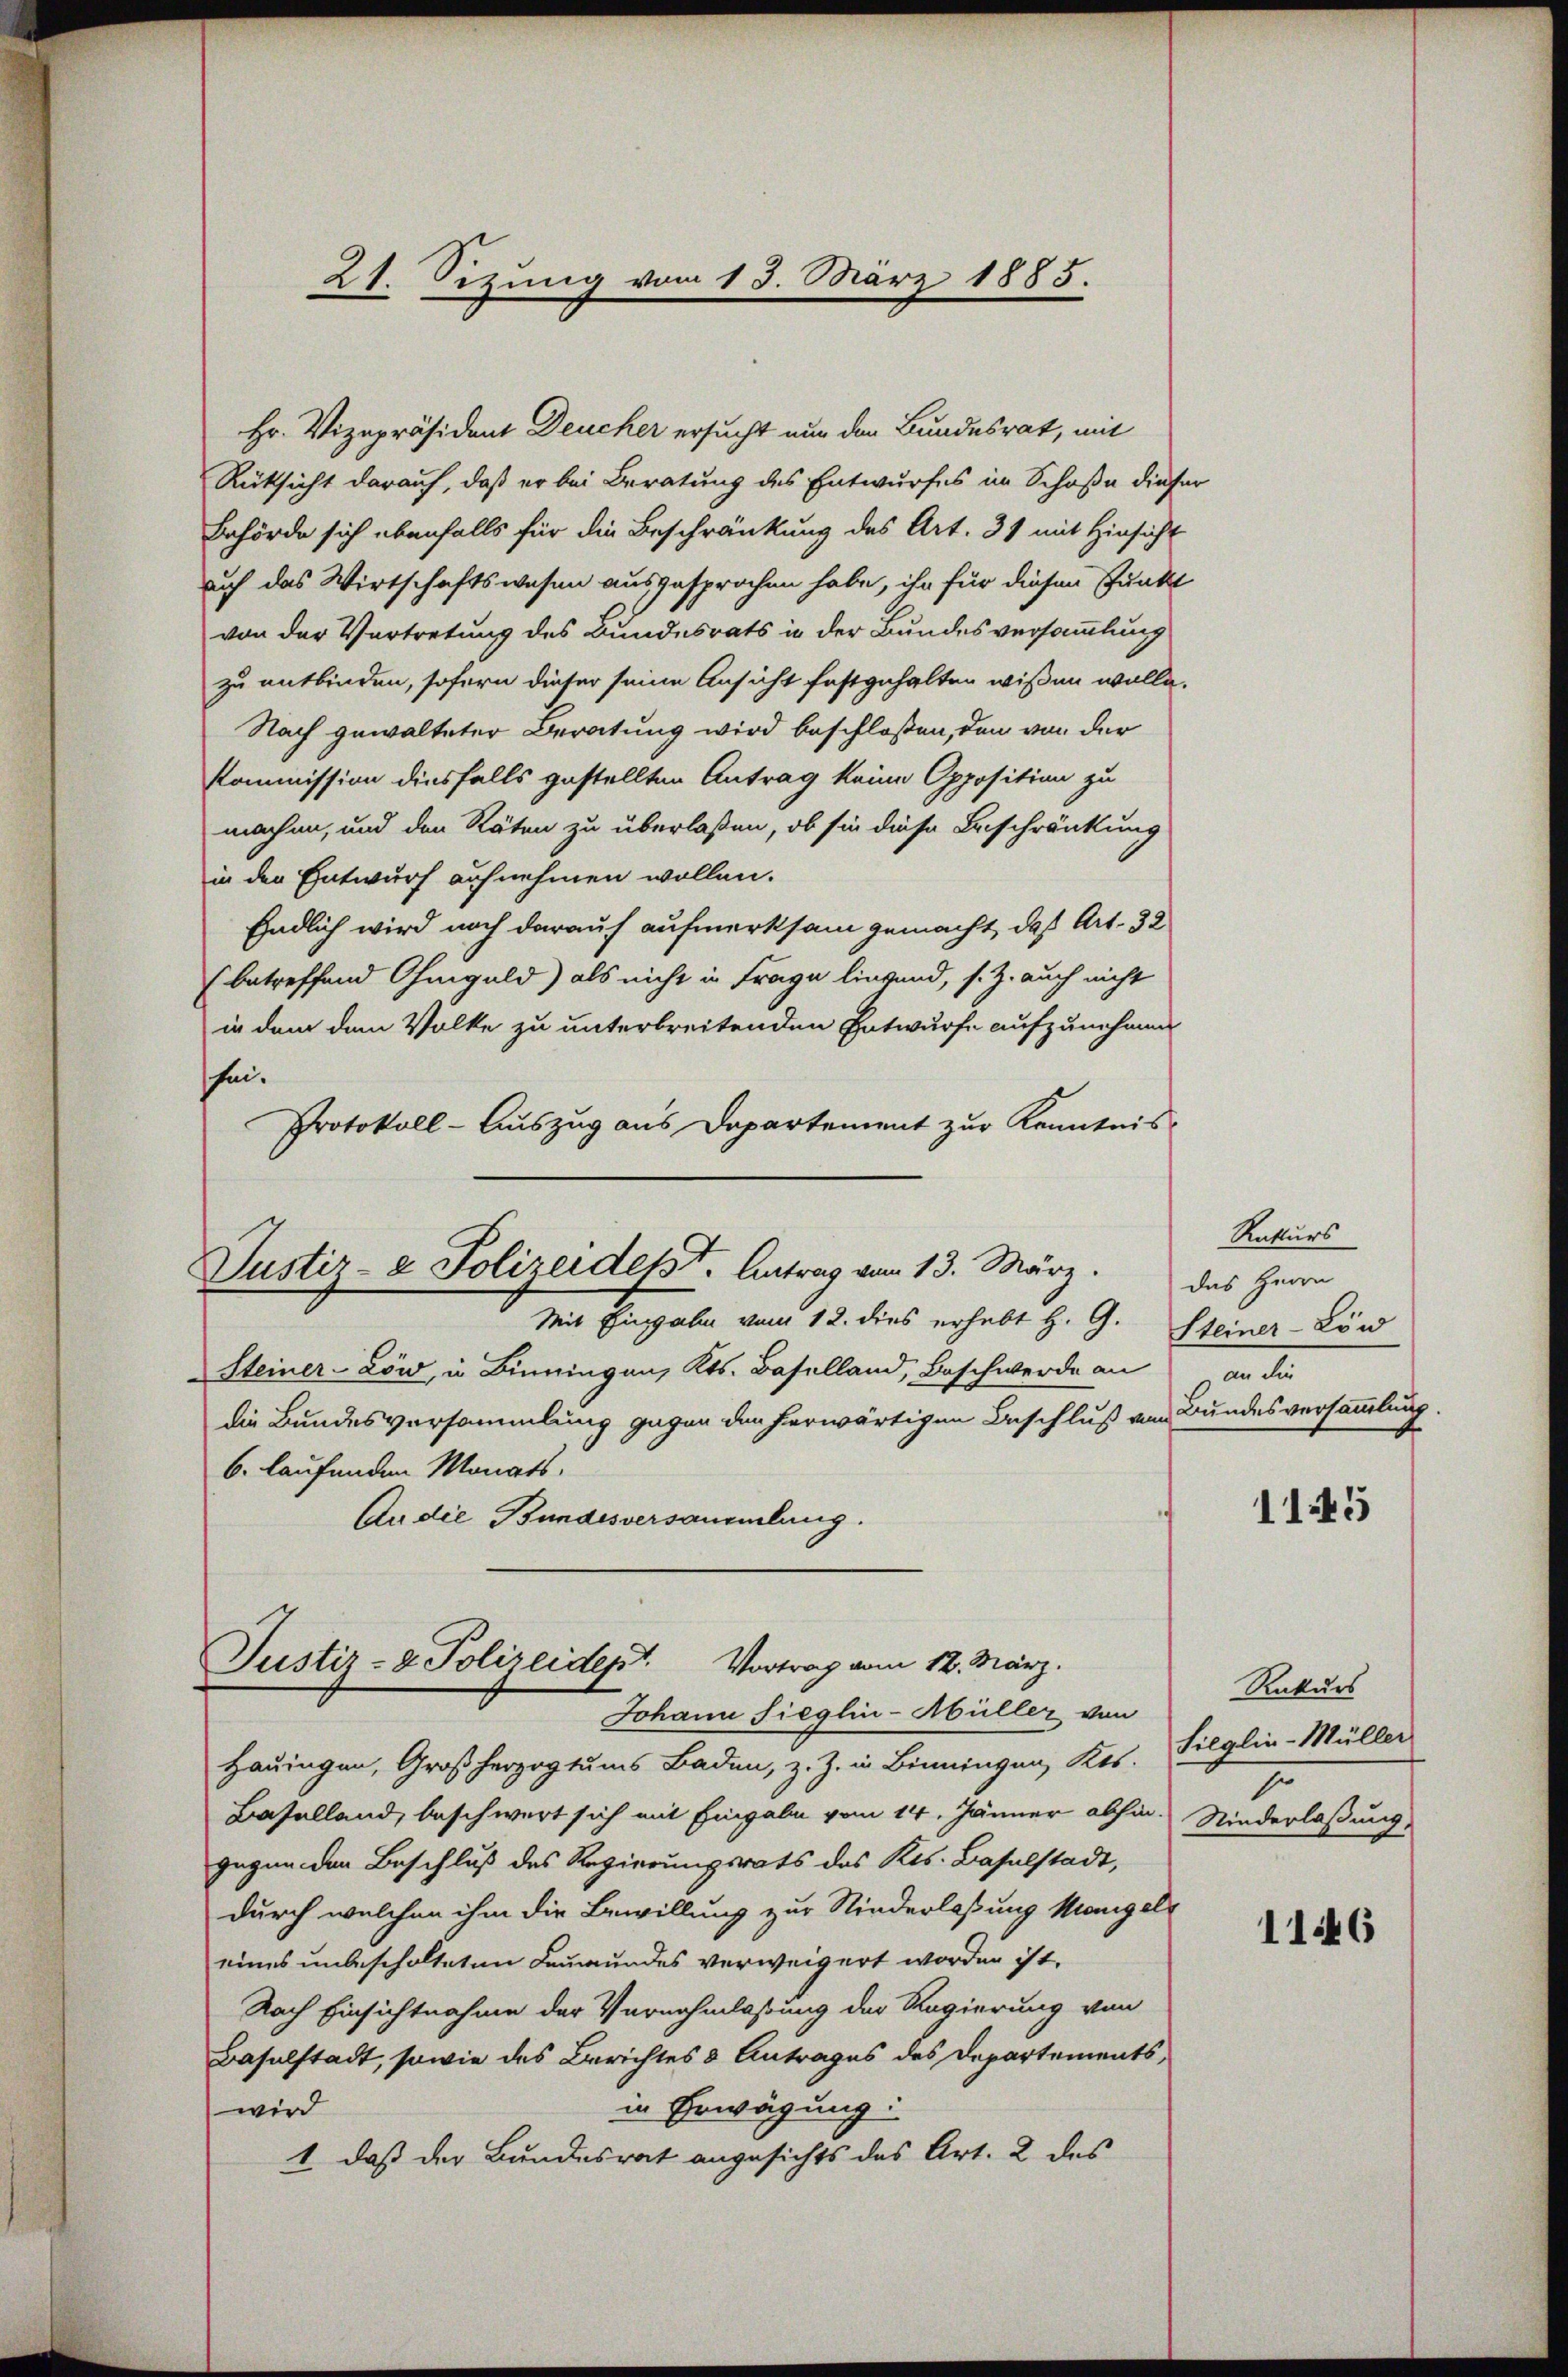
21. Sizung vom 13. März 1885.

Hr. Vizepräsident Deucher ersucht nun den Bundesrat, mit
Rücksicht darauf, daß er bei Beratung des Entwurfes im Schoße diese
Behörde sich ebenfalls für die Beschränkung des Art. 31 mit Hinsicht
auf das Wirtschaftswesen ausgesprochen habe, ihr für diesen Punkt
von der Vertretung des Bundesrats in der Bundesversammlung
zu entbinden, sofern dieser seine Ansicht festgehalten wißen wolle.
Nach gewalteter Beratung wird beschloßen, den von der
Kommission diesfalls gestellten Antrag keine Opposition zu
machen, und den Räten zu überlaßen, ob sie diese Beschränkung
in den Entwurf aufnehmen wollen.
Endlich wird noch darauf aufmerksam gemacht, daß Art. 32
(betreffend Ohmgeld) als nicht in Frage liegend, s. Z. auch nicht
in dem dem Volke zu unterbreitenden Entwurfe aufzunehmen
sei.
Protokoll - Auszug aus Departement zur Kenntnis
Justiz- & Polizeidesst. Antrag vom 13. März. Das Herrn
Mit Eingabe vom 12. dies erhebt H. G.
Steiner-Löw, in Binningen, Kts. Baselland, Beschwerde an
die Bundesversammlung gegen den herwärtigen Beschluß von Bundesversammlung.
6. laufenden Monats¬
An die Bundesversammlung.

Justiz- & Polizeidept. Vortrag vom 12. März.
Johann Sieglin-Müller von

Rekurs
Steiner-Lönd
an die

Hauingen, Großherzogtums Baden, z. Z. in Binningen, Kts.
Baselland, beschwert sich mit Eingabe vom 14. Jänner abhin-
gegen den Beschluß des Regierungsrats des Kts. Baselstadt,
durch welchen ihm die Bewillung zur Niederlassung Mangels
eines unbeschalteten Leumundes verweigert worden ist.
Nach Einsichtnahme der Vernehmlassung der Regierung von
Baselstadt, sowie des Berichtes & Antrages des Departementsin Erwägung:
wird
1, daß der Bundesrat angesichts das Art. 2 des

1145

Rakurs
Filglin-Müller
7
Niederlaßung,

1146